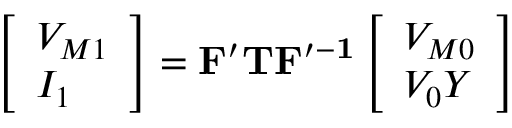
\left[ \begin{array} { l } { V _ { M 1 } } \\ { I _ { 1 } } \end{array} \right] = \mathbf { F ^ { \prime } } \mathbf { T } \mathbf { F ^ { \prime - 1 } } \left[ \begin{array} { l } { V _ { M 0 } } \\ { V _ { 0 } Y } \end{array} \right]